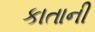
કાતાની